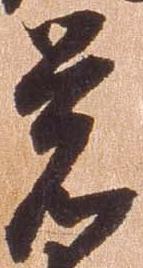
覚